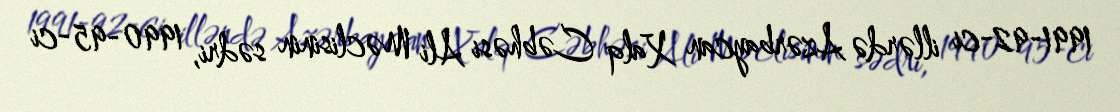
1991-92-ci illərdə Azərbaycan Xalq Cəbhəsi Ali Məclisinin sədri, 1990-95-ci